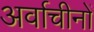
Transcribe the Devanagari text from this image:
अर्वाचीनों